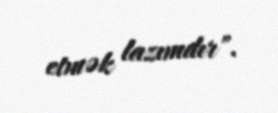
etmək lazımdır".